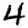
Digit: 4